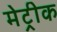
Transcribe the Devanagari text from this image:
मेट्रीक